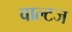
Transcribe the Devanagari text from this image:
वाल्टज